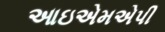
આઇએમએપી